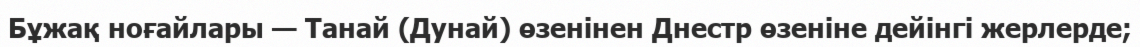
Бұжақ ноғайлары — Танай (Дунай) өзенінен Днестр өзеніне дейінгі жерлерде;